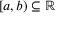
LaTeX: [ a , b ) \subseteq \mathbb { R }